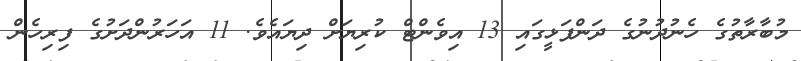
މުބާރާތުގެ ހެނުދުނުގެ ދަންފަޅީގައި 13 އިވެންޓް ކުރިޔަށް ދިޔައެވެ. 11 އަހަރުންދަށުގެ ފިރިހެން